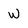
Character: W